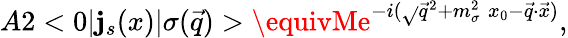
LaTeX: A2<0|\mathbf{j}_{s}(x)|\sigma(\vec{{q}})>\equivMe^{-i(\sqrt{}{{\vec{{q}}^{2}+m_{\sigma}^{2}}}\; x_{0}-\vec{{q}}\cdot\vec{{x}})},